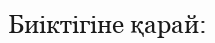
Биіктігіне қарай: